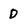
Character: D